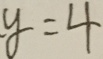
y = 4